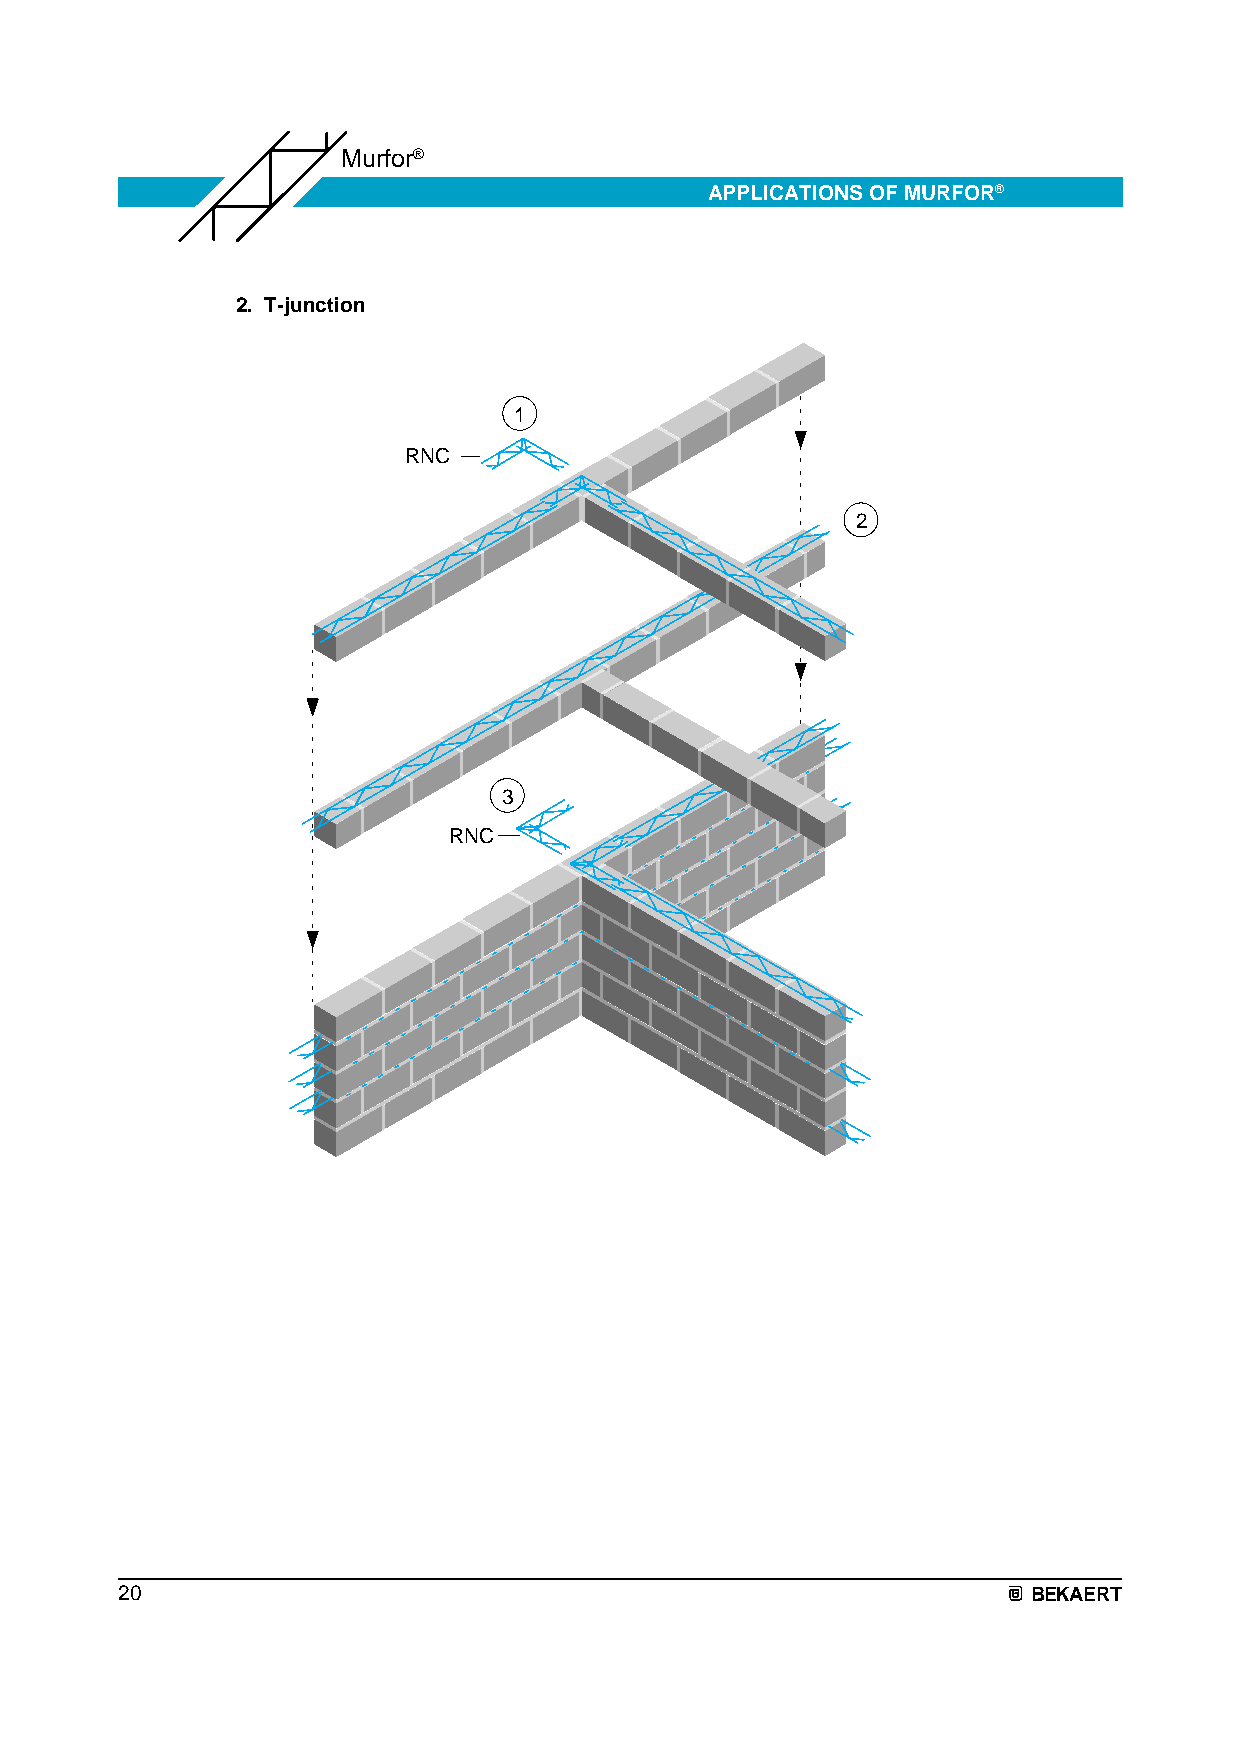
Murfor®
 APPLICATIONS OF MURFOR®
 2. T-junction
 1
 RNC
 2
 3
 RNC
 20                                                          BEKAERT